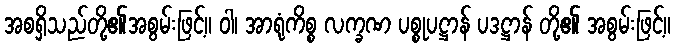
အစရှိသည်တို့၏အစွမ်းဖြင့်။ ဝါ၊ အာရုံကိစ္စ လက္ခဏ ပစ္စုပဋ္ဌာန် ပဒဋ္ဌာန် တို့၏ အစွမ်းဖြင့်။